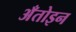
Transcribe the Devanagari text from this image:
अँतोइन